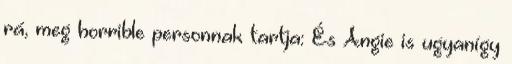
rá, meg horrible personnak tartja: És Angie is ugyanígy